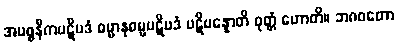
အပစ္စနီကပဋိပဒံ ဓမ္မာနုဓမ္မပဋိပဒံ ပဋိပန္နောတိ ဝုတ္တံ ဟောတိ။ ဘဂဝတော